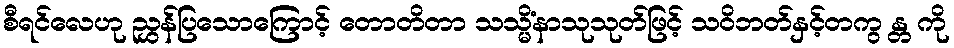
စီရင်လေဟု ညွှန်ပြသောကြောင့် တောတိတာ သသ္မိံနာသုသုတ်ဖြင့် သဝိဘတ်နှင့်တကွ န္တ ကို